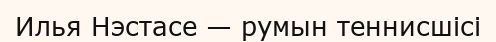
Илья Нэстасе — румын теннисшісі